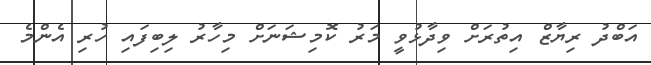
އަބްދު ރިޔާޒް އިތުރަށް ވިދާޅުވީ މަރު ކޮމިޝަަނަށް މިހާރު ލިބިފައި ހުރި އެންމެ